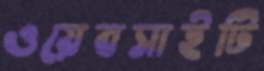
ওয়েবসাইটি